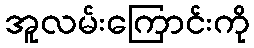
အူလမ်းကြောင်းကို